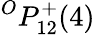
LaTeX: {}^{O}{P}_{1{2}}^{{+}}({4})